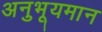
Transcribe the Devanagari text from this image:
अनुभूयमान